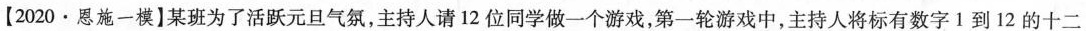
【2020·恩施一模】某班为了活跃元旦气氛，主持人请12位同学做一个游戏，第一轮游戏中，主持人将标有数字1到12的十二